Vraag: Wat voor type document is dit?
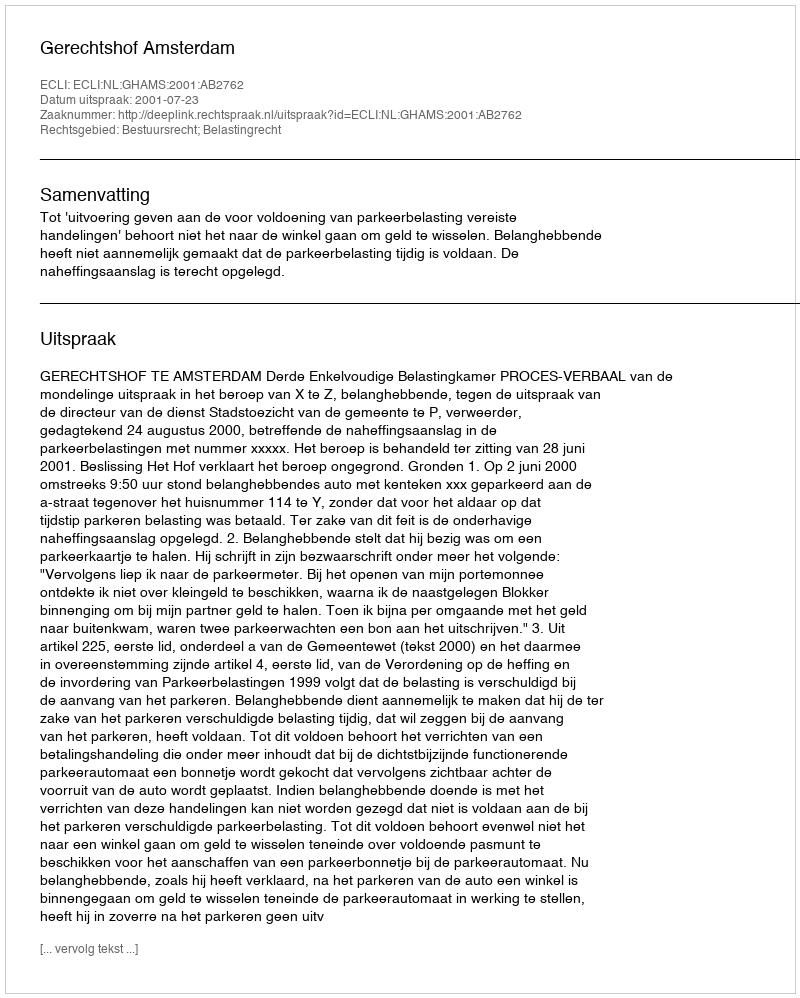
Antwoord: Uitspraak